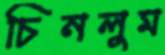
চিনলুম